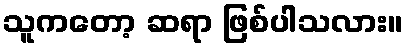
သူကတော့ ဆရာ ဖြစ်ပါသလား။